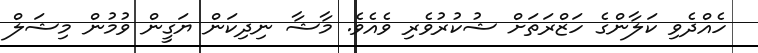
ހެއްދެވި ކަލާންގެ ހަޒްރަތަށް ޝުކުރުވެރި ވެއެވެ. މާޝާ ނިދިކަން ޔަގީން ވުމުން މިޝަލް